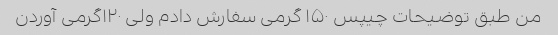
من طبق توضیحات چیپس ۱۵۰ گرمی سفارش دادم ولی ۱۲۰گرمی آوردن